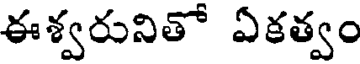
ఈశ్వరునితో ఏకత్వం